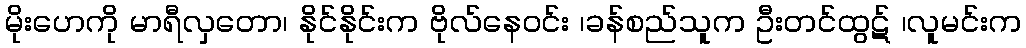
မိုးဟေကို မာရီလှတော၊ နိုင်နိုင်းက ဗိုလ်နေဝင်း ၊ခန်စည်သူက ဦးတင်ထွဋ် ၊လူမင်းက